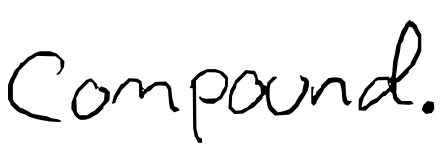
Text: compound.
Cross-out: clean
Writing tool: digital_black